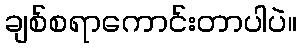
ချစ်စရာကောင်းတာပါပဲ။